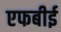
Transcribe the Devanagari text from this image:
एफबीई